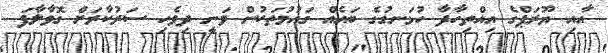
އާއި ޔޫރަޕްގެ އިއްތިހާދާ ހުޅަނގުގެ ބައެއް ގައުމުތަކުން ވަނީ ދިވެހި ސަރުކާރަށް ގޮވާލާފަ